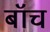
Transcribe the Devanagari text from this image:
बॉच